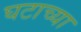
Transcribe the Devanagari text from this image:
घटाच्या